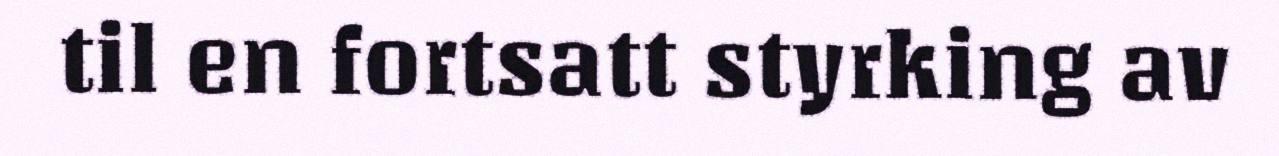
til en fortsatt styrking av